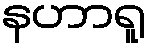
နဟာရူ